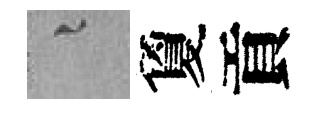
融夐貢